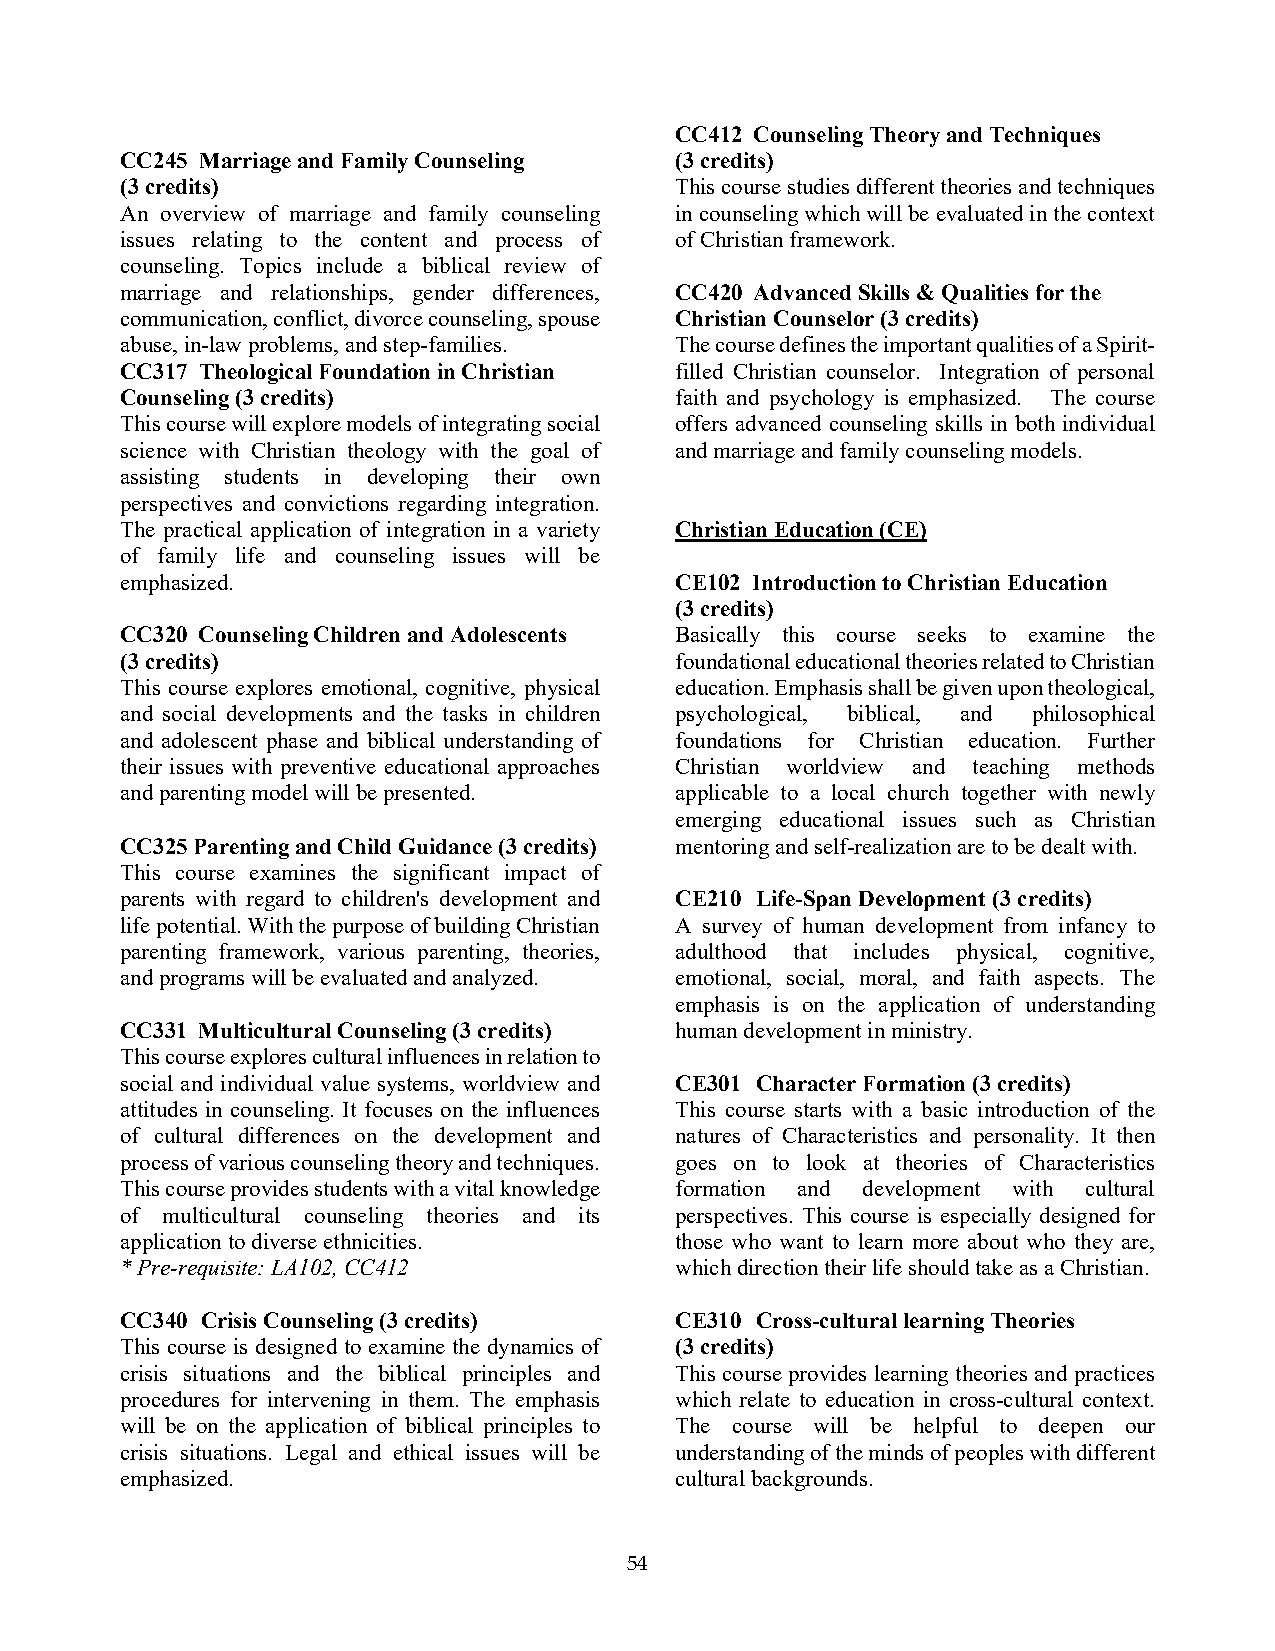
CC412 Counseling Theory and Techniques
 CC245 Marriage and Family Counseling (3 credits)
 (3 credits)                          This course studies different theories and techniques
 An overview of marriage and family counseling in counseling which will be evaluated in the context
 issues relating to the content and process of of Christian framework.
 counseling. Topics include a biblical review of
 marriage and relationships, gender differences, CC420 Advanced Skills & Qualities for the
 communication, conflict, divorce counseling, spouse Christian Counselor (3 credits)
 abuse, in-law problems, and step-families. The course defines the important qualities of a Spirit-
 CC317 Theological Foundation in Christian filled Christian counselor. Integration of personal
 Counseling (3 credits)               faith and psychology is emphasized. The course
 This course will explore models of integrating social offers advanced counseling skills in both individual
 science with Christian theology with the goal of and marriage and family counseling models.
 assisting students in developing their own
 perspectives and convictions regarding integration.
 The practical application of integration in a variety Christian Education (CE)
 of family life and counseling issues will be
 emphasized.                          CE102 Introduction to Christian Education
 (3 credits)
 CC320 Counseling Children and Adolescents Basically this course seeks to examine the
 (3 credits)                          foundational educational theories related to Christian
 This course explores emotional, cognitive, physical education. Emphasis shall be given upon theological,
 and social developments and the tasks in children psychological, biblical, and philosophical
 and adolescent phase and biblical understanding of foundations for Christian education. Further
 their issues with preventive educational approaches Christian worldview and teaching methods
 and parenting model will be presented. applicable to a local church together with newly
 emerging educational issues such as Christian
 CC325 Parenting and Child Guidance (3 credits) mentoring and self-realization are to be dealt with.
 This course examines the significant impact of
 parents with regard to children's development and CE210 Life-Span Development (3 credits)
 life potential. With the purpose of building Christian A survey of human development from infancy to
 parenting framework, various parenting, theories, adulthood that includes physical, cognitive,
 and programs will be evaluated and analyzed. emotional, social, moral, and faith aspects. The
 emphasis is on the application of understanding
 CC331 Multicultural Counseling (3 credits) human development in ministry.
 This course explores cultural influences in relation to
 social and individual value systems, worldview and CE301 Character Formation (3 credits)
 attitudes in counseling. It focuses on the influences This course starts with a basic introduction of the
 of cultural differences on the development and natures of Characteristics and personality. It then
 process of various counseling theory and techniques. goes on to look at theories of Characteristics
 This course provides students with a vital knowledge formation and development with cultural
 of multicultural counseling theories and its perspectives. This course is especially designed for
 application to diverse ethnicities.  those who want to learn more about who they are,
 * Pre-requisite: LA102, CC412        which direction their life should take as a Christian.
 CC340 Crisis Counseling (3 credits)  CE310 Cross-cultural learning Theories
 This course is designed to examine the dynamics of (3 credits)
 crisis situations and the biblical principles and This course provides learning theories and practices
 procedures for intervening in them. The emphasis which relate to education in cross-cultural context.
 will be on the application of biblical principles to The course will be helpful to deepen our
 crisis situations. Legal and ethical issues will be understanding of the minds of peoples with different
 emphasized.                          cultural backgrounds.
 54